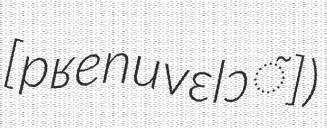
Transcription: ​[pʁenuvɛlɔ̃])